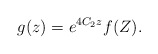
\begin{align*}g(z)=e^{4C_2z}f(Z).\end{align*}